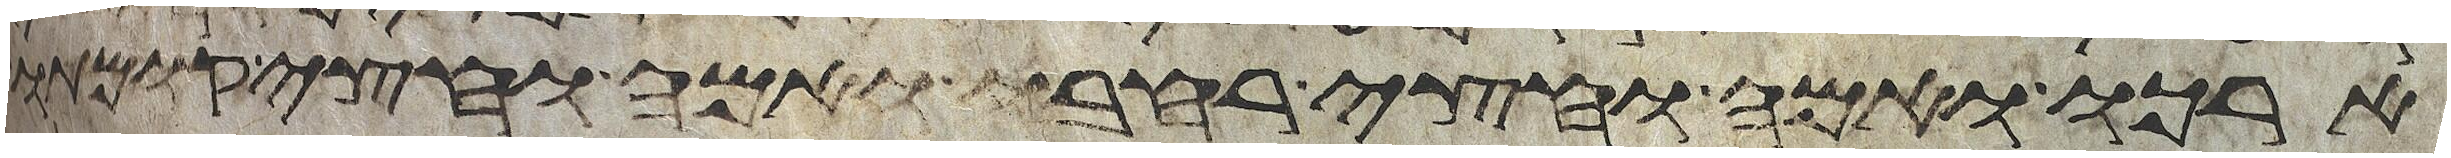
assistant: ארכו ואמה וחצי רחבו ואמה וחצי קומתו